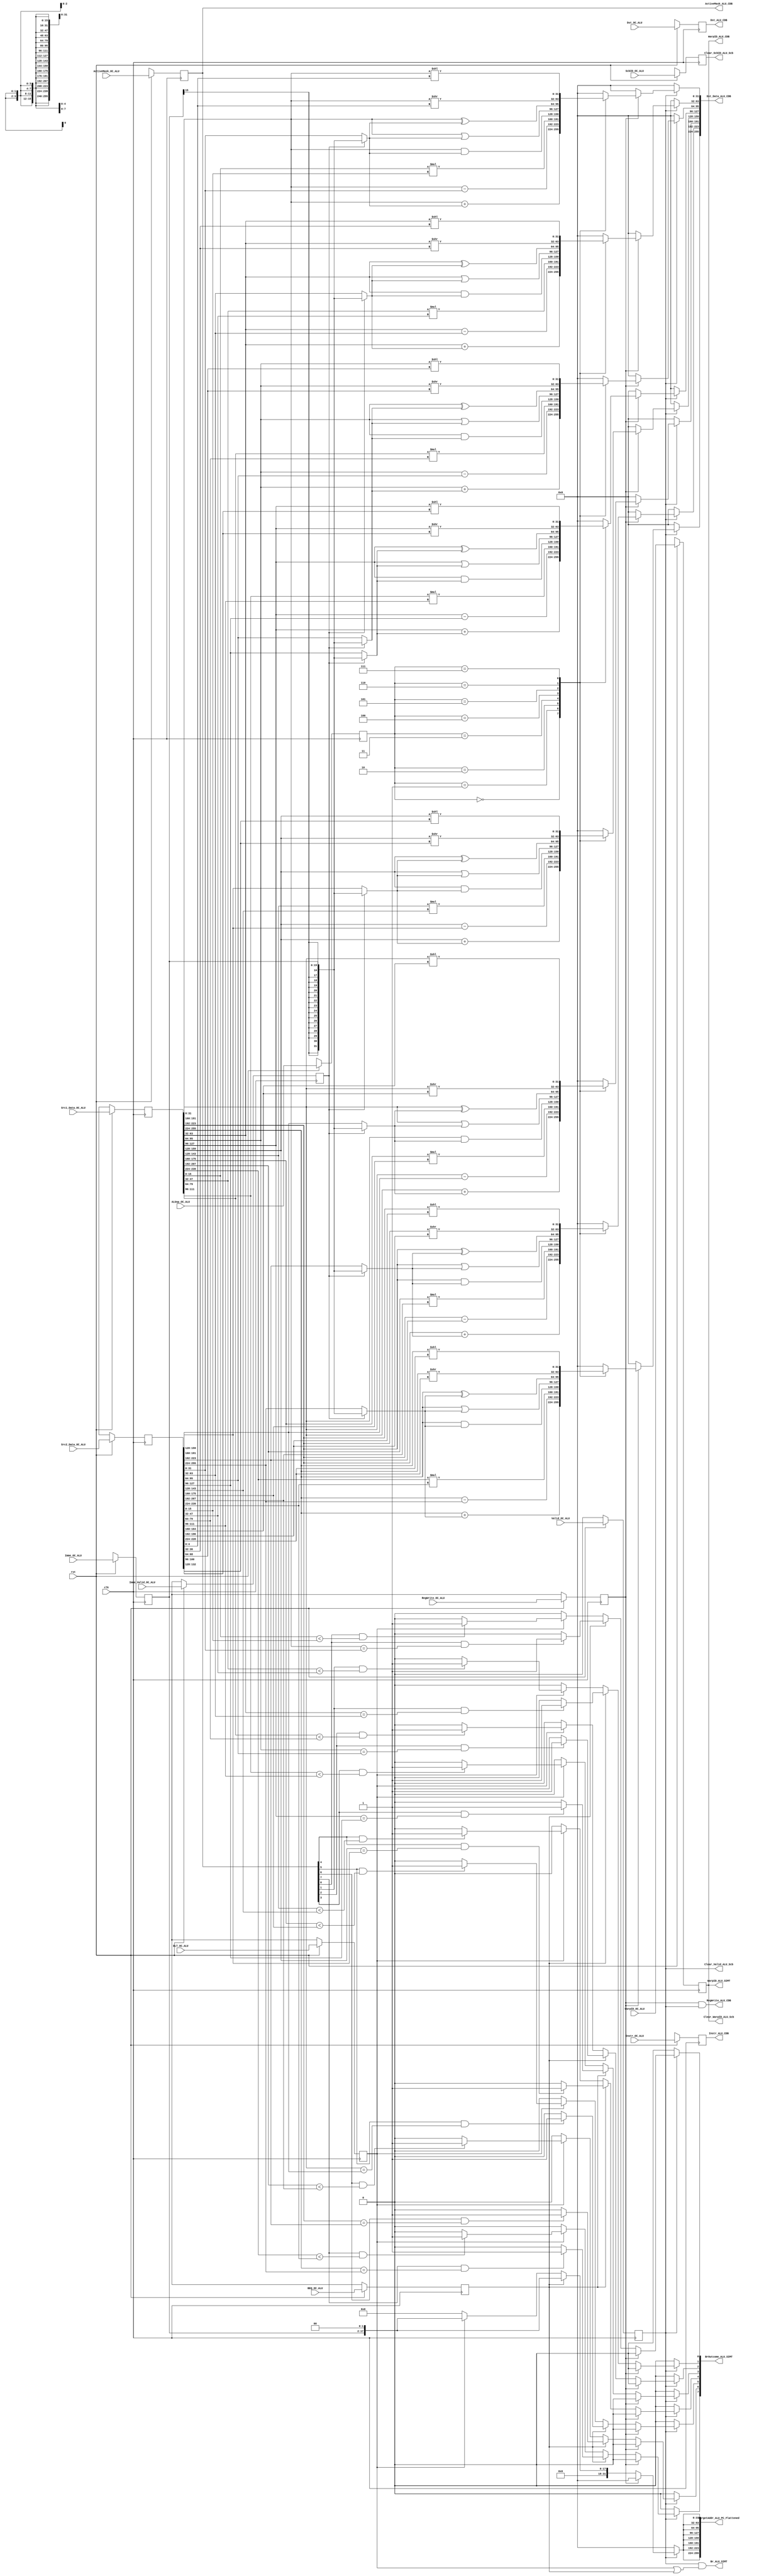
`timescale 1ns / 100ps
//////////////////////////////////////////////////////////////////////////////////
// Company: 
// Engineer: 
// 
// Design Name: 
// Module Name: ALU
// Project Name: 
// Target Devices: 
// Tool Versions: 
// Description: 
// 
// Dependencies: 
// 
// Revision:
// Revision 0.01 - File Created
// Additional Comments:
// 
//////////////////////////////////////////////////////////////////////////////////


module ALU (
    // interface with OC
	input clk,
	input rst,
    input Valid_OC_ALU,
	input [7:0] ActiveMask_OC_ALU,
    input [2:0] WarpID_OC_ALU,
    input [31:0] Instr_OC_ALU,
    input [32*8-1:0] Src1_Data_OC_ALU,
    input [32*8-1:0] Src2_Data_OC_ALU,
    input [4:0] Dst_OC_ALU,
    input [15:0] Imme_OC_ALU,
    input Imme_Valid_OC_ALU,
    input RegWrite_OC_ALU,
    input [3:0] ALUop_OC_ALU,
    input BEQ_OC_ALU,
    input BLT_OC_ALU,
    input [1:0] ScbID_OC_ALU, // for BEQ and BLT only, to clear Scb entry

    // output to Fetch
    output reg [32*8-1:0] TargetAddr_ALU_PC_Flattened,
	
	// output to SIMT 
	output Br_ALU_SIMT,
	output reg [7:0] BrOutcome_ALU_SIMT,
	output [2:0] WarpID_ALU_SIMT,

    // output to CDB
	output [7:0] ActiveMask_ALU_CDB,
    output [31:0] Instr_ALU_CDB,
    output [2:0] WarpID_ALU_CDB, 
    output RegWrite_ALU_CDB,
    output [4:0] Dst_ALU_CDB,
    output reg [8*32-1:0] Dst_Data_ALU_CDB,

    
    // output to Scb (to clear Scb entry. Branch only, which do not go onto CDB)
    output Clear_Valid_ALU_Scb,
    output [2:0] Clear_WarpID_ALU_Scb,
    output [1:0] Clear_ScbID_ALU_Scb
    );
	// input registers
    reg Valid_reg;
	reg [7:0] ActiveMask_reg;
    reg [2:0] WarpID_reg;
    reg [31:0] Instr_reg;
    reg [32*8-1:0] Src1_Data_reg;
    reg [32*8-1:0] Src2_Data_reg;
    reg [4:0] Dst_reg;
    reg [15:0] Imme_reg;
    reg Imme_Valid_reg;
    reg RegWrite_reg;
    reg [3:0] ALUop_reg;
    reg BEQ_reg;
    reg BLT_reg;
    reg [1:0] ScbID_reg; // for BEQ and BLT only, to clear Scb entry

	always@(posedge clk) begin
		if (!rst) begin
			Valid_reg <= 0;
			ActiveMask_reg <= {8{1'bx}};
			WarpID_reg <= {3{1'bx}};
			Instr_reg <= {32{1'bx}};
			Src1_Data_reg <= {256{1'bx}};
			Src2_Data_reg <= {256{1'bx}};
			Dst_reg <= {5{1'bx}};
			Imme_reg <= {16{1'bx}};
			Imme_Valid_reg <= 1'bx;
			RegWrite_reg <= 1'bx;
			ALUop_reg <= {4{1'bx}};
			BEQ_reg <= 1'bx;
			BLT_reg <= 1'bx;
			ScbID_reg <= {2{1'bx}};
		end else begin
			Valid_reg <= Valid_OC_ALU;
			ActiveMask_reg <= ActiveMask_OC_ALU;
			WarpID_reg <= WarpID_OC_ALU;
			Instr_reg <= Instr_OC_ALU;
			Src1_Data_reg <= Src1_Data_OC_ALU;
			Src2_Data_reg <= Src2_Data_OC_ALU;
			Dst_reg <= Dst_OC_ALU;
			Imme_reg <= Imme_OC_ALU;
			Imme_Valid_reg <= Imme_Valid_OC_ALU;
			RegWrite_reg <= RegWrite_OC_ALU;
			ALUop_reg <= ALUop_OC_ALU;
			BEQ_reg <= BEQ_OC_ALU;
			BLT_reg <= BLT_OC_ALU;
			ScbID_reg <= ScbID_OC_ALU;
		end
	end
    
	assign ActiveMask_ALU_CDB = ActiveMask_reg;
	assign Clear_ScbID_ALU_Scb = ScbID_reg;
	assign Clear_ScbID_ALU_CDB = ScbID_reg;
	assign Clear_WarpID_ALU_Scb = WarpID_reg;
	assign WarpID_ALU_CDB = WarpID_reg;
	assign Instr_ALU_CDB = Instr_reg;
	assign Dst_ALU_CDB = Dst_reg;
	assign RegWrite_ALU_CDB = RegWrite_reg & Valid_reg;
    assign Clear_Valid_ALU_Scb = Valid_reg;
	assign Br_ALU_SIMT = Valid_reg & (BLT_reg | BEQ_reg);
	assign WarpID_ALU_SIMT = WarpID_reg;
	
	genvar i;
	wire signed [15:0] signed_Src1 [0:7];
	wire signed [15:0] signed_Src2 [0:7];
	wire signed [31:0] signed_Mult [0:7];
	generate
		for (i = 0; i < 8; i = i + 1) begin : alu
			assign signed_Src1[i] = Src1_Data_reg[i*32+15:i*32];
			assign signed_Src2[i] = Src2_Data_reg[i*32+15:i*32];
			assign signed_Mult[i] = signed_Src1[i] * signed_Src2[i];
			always@(*) begin
				Dst_Data_ALU_CDB[i*32+31:i*32] = 32'b0;
				BrOutcome_ALU_SIMT[i] = 1'b0;
				TargetAddr_ALU_PC_Flattened[i*32+31:i*32] = 32'b0;
				if (Valid_reg == 1) begin
					if (RegWrite_reg == 1) begin
						case (ALUop_reg)
							4'b0000: Dst_Data_ALU_CDB[i*32+31:i*32] = Src1_Data_reg[i*32+31:i*32] + (Imme_Valid_reg ? 
											{{16{Imme_reg[15]}},Imme_reg[15:0]} : Src2_Data_reg[i*32+31:i*32]); //add & imme add
							4'b0001: Dst_Data_ALU_CDB[i*32+31:i*32] = Src1_Data_reg[i*32+31:i*32] - Src2_Data_reg[i*32+31:i*32]; //sub
							4'b0010: Dst_Data_ALU_CDB[i*32+31:i*32] = signed_Mult[i]; //mult
							4'b0011: Dst_Data_ALU_CDB[i*32+31:i*32] = Src1_Data_reg[i*32+31:i*32] & (Imme_Valid_reg ? 
											{{16{Imme_reg[15]}},Imme_reg} : Src2_Data_reg[i*32+31:i*32]); //and & imme and
							4'b0100: Dst_Data_ALU_CDB[i*32+31:i*32] = Src1_Data_reg[i*32+31:i*32] | (Imme_Valid_reg ? 
											{{16{Imme_reg[15]}},Imme_reg} : Src2_Data_reg[i*32+31:i*32]); //or & imme or
							4'b0101: Dst_Data_ALU_CDB[i*32+31:i*32] = Src1_Data_reg[i*32+31:i*32] ^ (Imme_Valid_reg ? 
											{{16{Imme_reg[15]}},Imme_reg} : Src2_Data_reg[i*32+31:i*32]); //xor & imme xor
							4'b0110: Dst_Data_ALU_CDB[i*32+31:i*32] = Src1_Data_reg[i*32+31:i*32] >> Src2_Data_reg[i*32+4:i*32]; //shr
							4'b0111: Dst_Data_ALU_CDB[i*32+31:i*32] = Src1_Data_reg[i*32+31:i*32] << Src2_Data_reg[i*32+4:i*32]; //shl
							default: Dst_Data_ALU_CDB[i*32+31:i*32] = 32'b0;
						endcase
					end
					else if (BEQ_reg == 1) begin // beq
						TargetAddr_ALU_PC_Flattened[i*32+31:i*32] = {14'b0,Imme_reg,2'b0};
						if (ActiveMask_reg[i] && (Src1_Data_reg[i*32+31:i*32] == Src2_Data_reg[i*32+31:i*32]))
							BrOutcome_ALU_SIMT[i] = 1;
						else 
							BrOutcome_ALU_SIMT[i] = 0;
					end
					else if (BLT_reg == 1) begin // blt
						TargetAddr_ALU_PC_Flattened[i*32+31:i*32] = {14'b0,Imme_reg,2'b0};
						if (ActiveMask_reg[i] && (signed_Src1[i] < signed_Src2[i]))
							BrOutcome_ALU_SIMT[i] = 1;
						else 
							BrOutcome_ALU_SIMT[i] = 0;
					end
					
				end
			end
		end
	endgenerate
endmodule